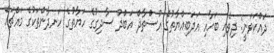
ދައްކަވަނީ: ދިވެހި ބަހާއި އަދަބިއްޔާތުގެ އުސްތާޛް އަބްދު ސާދިގުގެ ހަޔާތުގެ ހަނދާންތަކުގެ މައްޗައް